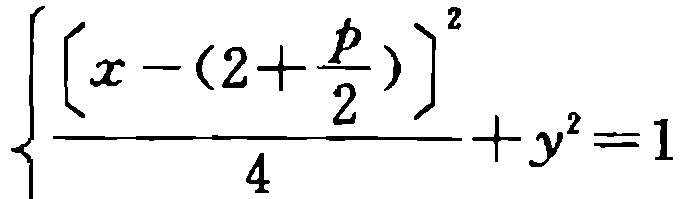
\[\frac{\left[x - \left(2 + \frac{p}{2}\right)\right]^2}{4} + y^{2} = 1\]